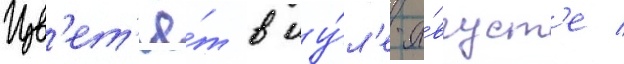
Цв'ет'ё́т в иу́л'е-а́вгуст'е /